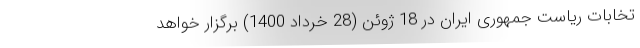
تخابات ریاست جمهوری ایران در 18 ژوئن (28 خرداد 1400) برگزار خواهد